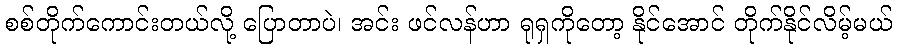
စစ်တိုက်ကောင်းတယ်လို့ ပြောတာပဲ၊ အင်း ဖင်လန်ဟာ ရုရှကိုတော့ နိုင်အောင် တိုက်နိုင်လိမ့်မယ်